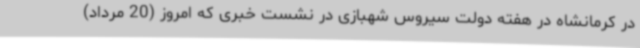
در کرمانشاه در هفته دولت سیروس شهبازی در نشست خبری که امروز (20 مرداد)